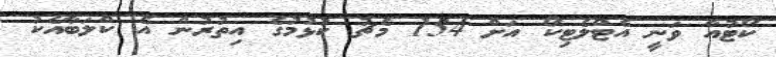
ކޯޓުއާ ވަނީ އެޓްލެޓިކޯ އަށް 154 މެޗު ކުޅުމުގެ އިތުރުން އެ ކްލަބާއެކު